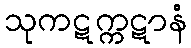
သုကဋက္ကဋာနံ